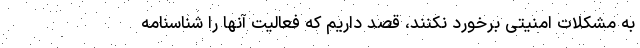
به مشکلات امنیتی برخورد نکنند، قصد داریم که فعالیت آنها را شناسنامه